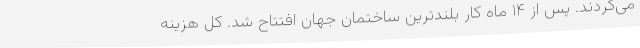
می‌کردند. پس از ۱۴ ماه کار بلند‌ترین ساختمان جهان افتتاح شد. کل هزینه